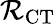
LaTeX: \mathcal{R}_{\mathrm{{CT}}}